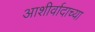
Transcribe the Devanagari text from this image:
आशीर्वादाच्या